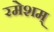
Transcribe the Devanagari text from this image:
रमेशम्